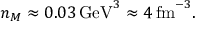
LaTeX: n _ { M } \approx 0 . 0 3 \, \mathrm { G e V } ^ { 3 } \approx 4 \, \mathrm { f m } ^ { - 3 } .